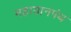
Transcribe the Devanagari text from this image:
महायानपंथ